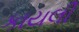
કાયલી